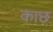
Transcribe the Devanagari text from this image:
काछ